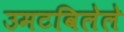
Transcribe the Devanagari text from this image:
उमटविलेले